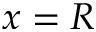
x = R